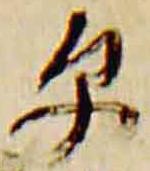
原